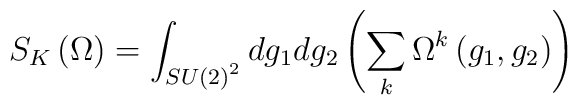
S_K\left( \Omega \right) =\int_{SU\left( 2\right) ^2}dg_1dg_2\left(\sum_k\Omega ^k\left( g_1,g_2\right) \right)